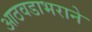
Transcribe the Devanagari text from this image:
आठवडाभराने